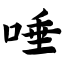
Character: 唾